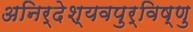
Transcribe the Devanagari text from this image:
अनिर्देश्यवपुर्विष्णु